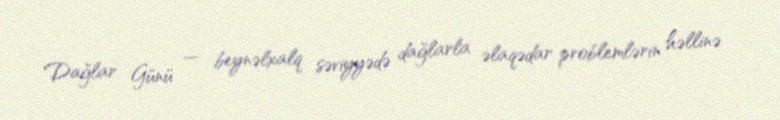
Dağlar Günü — beynəlxalq səviyyədə dağlarla əlaqədar problemlərin həllinə